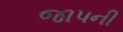
જાપની